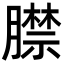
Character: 𦡞